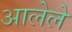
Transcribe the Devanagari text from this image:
अालेले